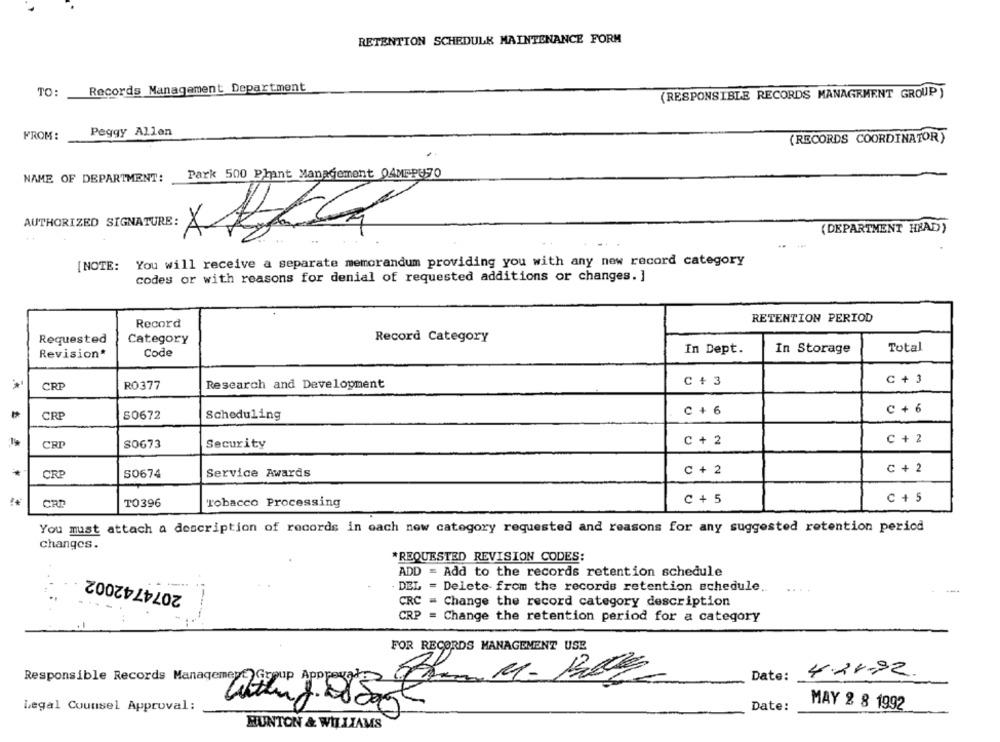
RETENTION SCHEDULE MAINTENANCE FORM
Records Management Department
TO:
(RESPONSIBLE RECORDS MANAGEMENT GROUP )
Peggy Allen
FROM:
(RECORDS COORDINATOR)
NAME OF DEPARTMENT:
Park 500 Phant Management OAMEPUSO
AUTHORIZED SIGNATURE:
(DEPARTMENT HEAD))
[NOTE: You will receive a separate memorandum providing you with any new record category
codes or with reasons for denial of requested additions or changes. ]
RETENTION PERIOD
Record
Requested
Category
Record Category
In Dept.
In Storage
Total
Revision*
Code
CRP
RO377
Research and Development
C + 3
C+ 3
C + 6
CRP
S0672
Scheduling
C + 6
C + 2
CRP
S0673
Security
C + 2
CRP
S0674
Service Awards
C + 2
C + 2
CRE
TO396
Tobacco Processing
C + 5
c + 5
You must attach a description of records in each new category requested and reasons for any suggested retention period
changes.
*REQUESTED REVISION CODES:
2074742002
ADD = Add to the records retention schedule
DEL = Delete from the records retention schedule ..
---
CRC = Change the record category description
CRP = Change the retention period for a category
FOR RECORDS MANAGEMENT USE
Date: 4.24-92
Responsible Records Management Group Appreciate
MAY 2 8 1992
Legal Counsel Approval:
Date:
HUNTON & WILLIAMS